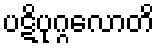
ပဋိပုဂ္ဂလောတိ